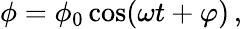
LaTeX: \phi=\phi_{0}\cos(\omega t+\varphi)\, ,